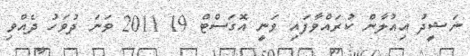
ނަޝީދު އިއުލާން ކުރައްވާފައި ވަނީ އޮގަސްޓް 19 2011 ވަނަ ދުވަހު ދެއްވި